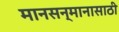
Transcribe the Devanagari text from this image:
मानसन्मानासाठी